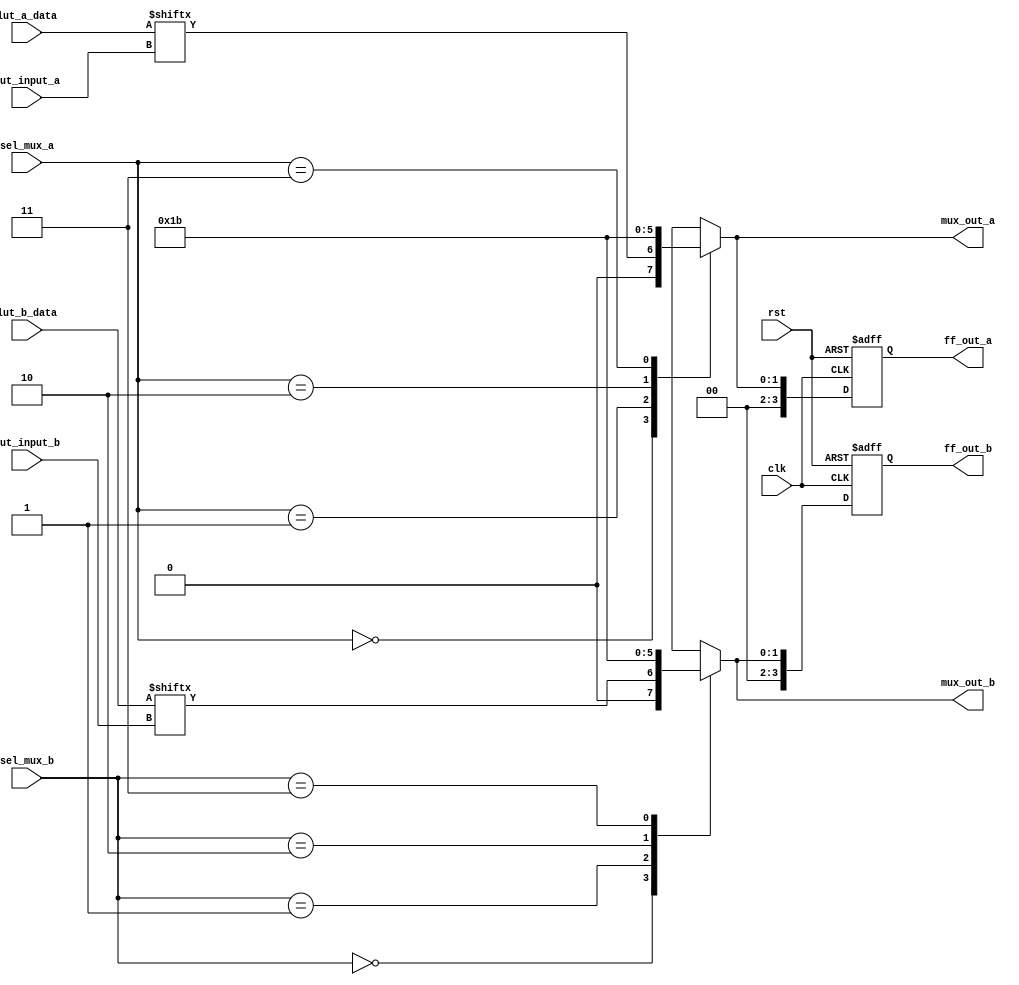
module configurable_logic_block (
    input wire [3:0] lut_input_a, // Inputs for LUT A
    input wire [3:0] lut_input_b, // Inputs for LUT B
    input wire [1:0] sel_mux_a,    // Select for MUX A
    input wire [1:0] sel_mux_b,    // Select for MUX B
    input wire clk,                // Clock for FFs
    input wire rst,                // Reset
    input wire [15:0] lut_a_data,  // LUT A configuration data
    input wire [15:0] lut_b_data,  // LUT B configuration data
    output reg [1:0] mux_out_a,    // Output from MUX A
    output reg [1:0] mux_out_b,    // Output from MUX B
    output reg [3:0] ff_out_a,      // Output from FF A
    output reg [3:0] ff_out_b       // Output from FF B
);

    // Internal signals
    wire lut_a_out;
    wire lut_b_out;

    // Look-up Table (LUT) A
    assign lut_a_out = lut_a_data[lut_input_a];

    // Look-up Table (LUT) B
    assign lut_b_out = lut_b_data[lut_input_b];

    // Multiplexer A
    always @(*) begin
        case (sel_mux_a)
            2'b00: mux_out_a = lut_a_out;
            2'b01: mux_out_a = 2'b01; // Example: Direct input
            2'b10: mux_out_a = 2'b10; // Example: Another input
            2'b11: mux_out_a = 2'b11; // Example: Another input
            default: mux_out_a = 2'b00;
        endcase
    end

    // Multiplexer B
    always @(*) begin
        case (sel_mux_b)
            2'b00: mux_out_b = lut_b_out;
            2'b01: mux_out_b = 2'b01; // Example: Direct input
            2'b10: mux_out_b = 2'b10; // Example: Another input
            2'b11: mux_out_b = 2'b11; // Example: Another input
            default: mux_out_b = 2'b00;
        endcase
    end

    // Flip-Flop A
    always @(posedge clk or posedge rst) begin
        if (rst)
            ff_out_a <= 4'b0000;
        else
            ff_out_a <= mux_out_a;
    end

    // Flip-Flop B
    always @(posedge clk or posedge rst) begin
        if (rst)
            ff_out_b <= 4'b0000;
        else
            ff_out_b <= mux_out_b;
    end

endmodule